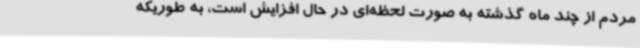
مردم از چند ماه گذشته به صورت لحظه‌ای در حال افزایش است، به طوریکه